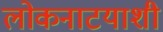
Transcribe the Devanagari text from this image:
लोकनाटयाशी